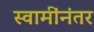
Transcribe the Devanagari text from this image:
स्वामींनंतर